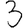
Digit: 3